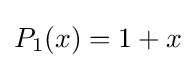
{\textstyle P_{1}(x)=1+x}